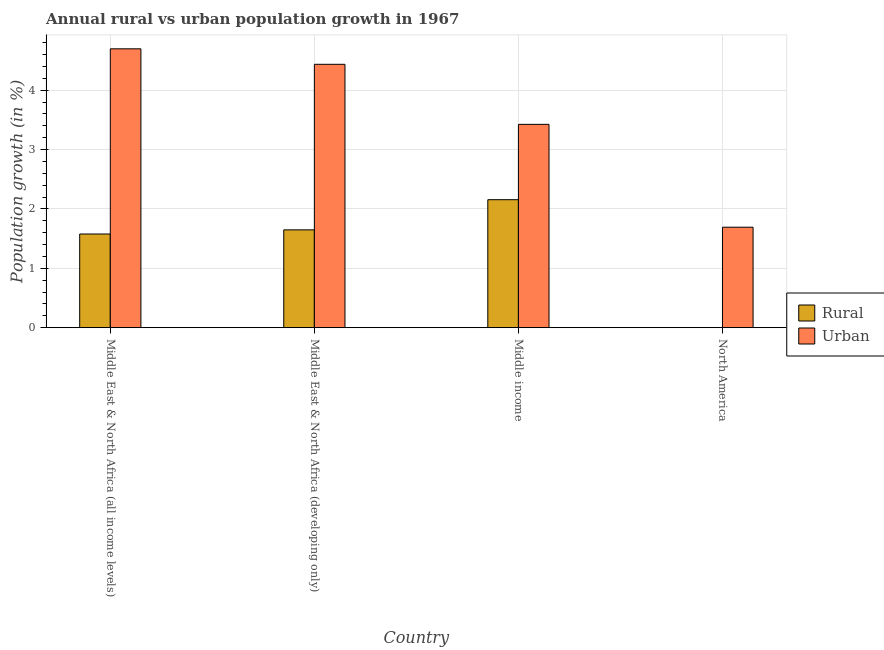
| Country | Rural | Urban  |
 | --- | --- | --- |
 | Middle East & North Africa (all income levels) | 1.58 | 4.7 |
 | Middle East & North Africa (developing only) | 1.65 | 4.44 |
 | Middle income | 2.16 | 3.42 |
 | North America | -0.229 | 1.69 |